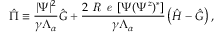
\hat { \Pi } \equiv \frac { | \Psi | ^ { 2 } } { \gamma \Lambda _ { \alpha } } \hat { G } + \frac { 2 \textit { R e } \left[ \Psi ( \Psi ^ { z } ) ^ { * } \right] } { \gamma \Lambda _ { \alpha } } \left( \hat { H } - \hat { G } \right) ,